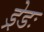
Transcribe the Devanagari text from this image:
ड्रेडः